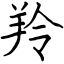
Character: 羚